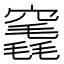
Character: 竁